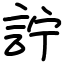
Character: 詝